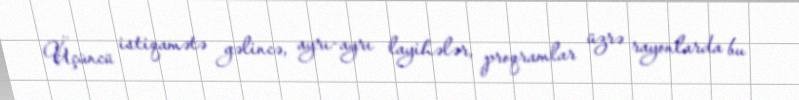
Üçüncü istiqamətə gəlincə, ayrı-ayrı layihələr, proqramlar üzrə rayonlarda bu